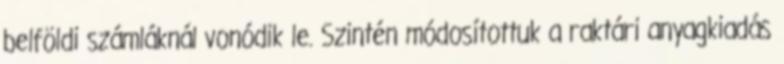
belföldi számláknál vonódik le. Szintén módosítottuk a raktári anyagkiadás